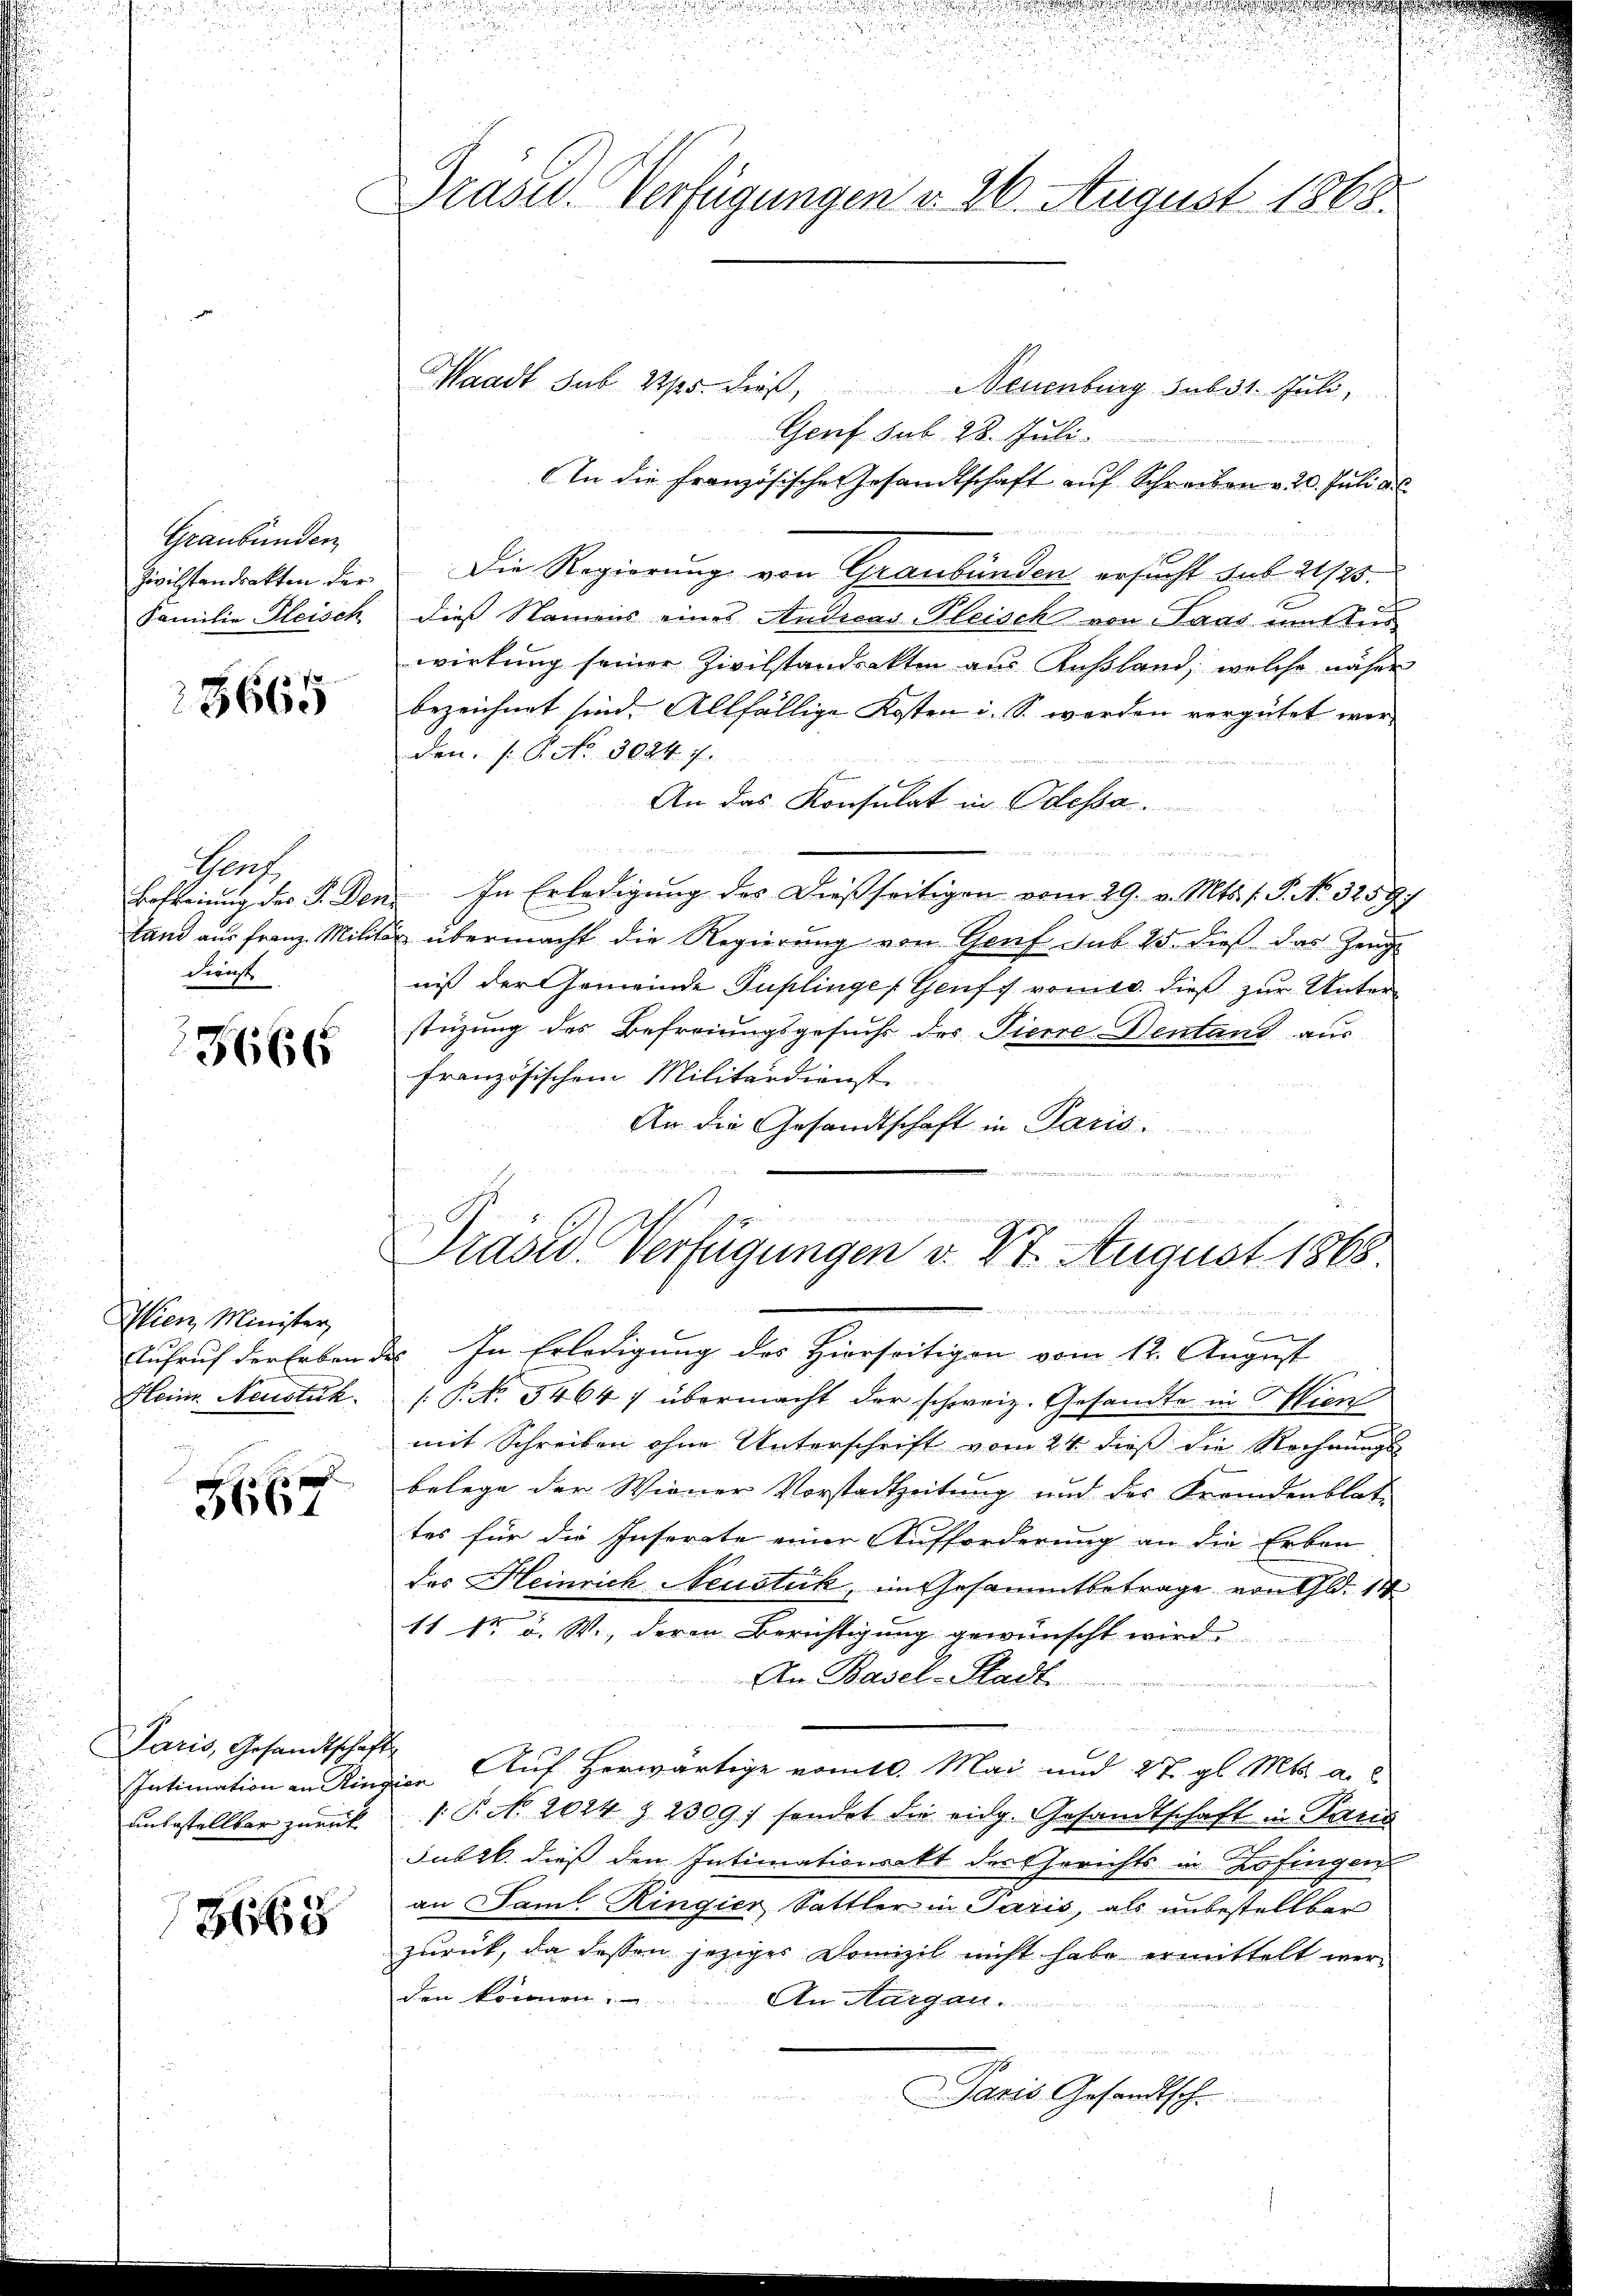
Graubünden
Zivilstandrakten der
Familie Fleisch

25665

Prach
Befreiung der F. Den
Land aus Franz. Milita
dienste

3666

Wien, Minister,

2
5667

Paris, Gesandtschaft

8665

Prasid. Verfügungen v. 26. August 1868.

Heim. Neustik. P. N. 5464, übermacht der schweiz. Gesandte in Wien
mit Schreiben ohne Unterschrift vom 24. dieß die Rechnungs-
belege der Wiener Vorstadtzeitung und des Fremdenblat-
tes für die Inserete einer Aufforderung an die Erben-
das Heinrich Neustuck, im Gesammtbetrage von Gld. 14
e
11 1r u. W., deren Berichtigung gewünscht wird.
An Basel-Stadt
d
Intimation an Ringier Auf herwärtige nomtl. Mai und 27. gl. Mts. a.
unbestellbar zurück  P. Nr. 2024 § 23097 sendet die eidg. Gesandtschaft in Paris
Fabrik dieß den Intimationsakt des Gerichts in Zofingen
an Famil Ringier Sattler in Paris, als unbestellbar
zurück, da dessen jeziges Domizil nicht habe ermittelt werden können. An Aargau.
Paris Gesandtsche

Waadt sub Sps. dieß, Neuenburg sub 31. Juli,
Genf sub 28. Juli.
r Ma
In die französische Gesandtschaft auf Schreiben v. 20. Juli d.
Die Regierung von Graubünden ersucht sub 21/25.
dies Namens eines Audicar-Pleisch von Paar mitte
wirkung seiner Zivilstandeckten aus Ausland, welche näher
bezeichnet sind. Allfällige Kosten i. S. werden vergütet werden. P. Nr. 3024. 7.
An das Konsulat in Odessa.
¬
 gegen der
In Erledigung des Dießseitigen vom 29. v. Mts. f. P. No. 32597
u übermacht die Regierung von Genf sub 25. dieß das Zeug
niß der Gemeinde Puplinges Genf, vomeo dieß zur Unterstüzung des Befreiungsgesuchs des Tierre Dentant aus
französischem Militärdienste
An die Gesandtschaft in Paris.
.
rawienen ohne wir immer ei
Präsid. Verfügungen d. 27. August 1868.

Aufruf der Erben des In Erledigung des Hierseitigen vom 12. August